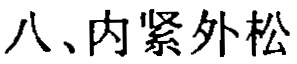
八、内紧外松